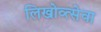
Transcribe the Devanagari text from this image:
लिखोव्त्सेवा